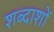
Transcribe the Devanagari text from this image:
शब्दाशों